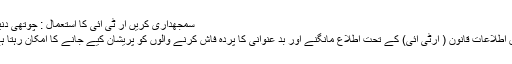
سمجھداری کریں آر ٹی آئی کا استعمال : چوتھی دنیا :
حق اطلاعات قانون ( آرٹی آئی) کے تحت اطلاع مانگنے اور بد عنوانی کا پردہ فاش کرنے والوں کو پریشان کیے جانے کا امکان رہتا ہے۔